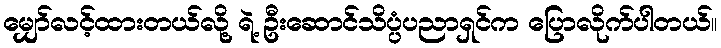
မျှော်လင့်ထားတယ်လို့ ရဲ့ ဦးဆောင်သိပ္ပံပညာရှင်က ပြောလိုက်ပါတယ်။